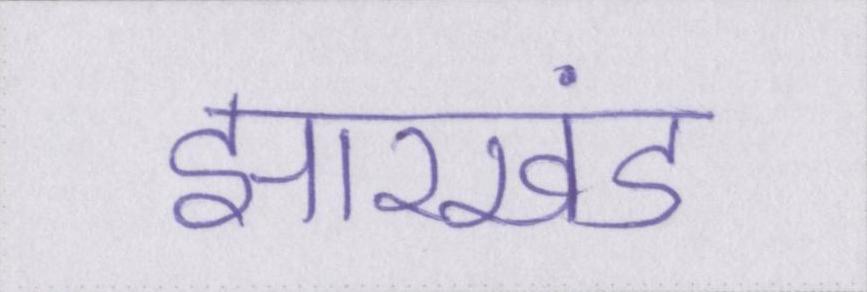
झारखंड